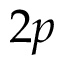
2 p